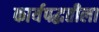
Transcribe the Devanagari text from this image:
कार्यपद्धतीला